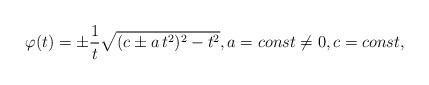
LaTeX: \begin{align*} \varphi(t) = \pm \frac{1}{t} \sqrt{(c \pm a\, t^2)^2 -t^2}, a =const \neq 0, c = const,\end{align*}